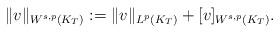
LaTeX: \begin{align*}\|v\|_{W^{s,p}(K_T)}:=\|v\|_{L^p(K_T)}+[v]_{W^{s,p}(K_T)}.\end{align*}